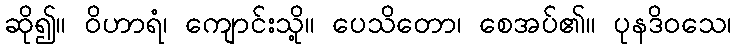
ဆို၍။ ဝိဟာရံ၊ ကျောင်းသို့။ ပေသိတော၊ စေအပ်၏။ ပုနဒိဝသေ၊